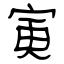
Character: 寅